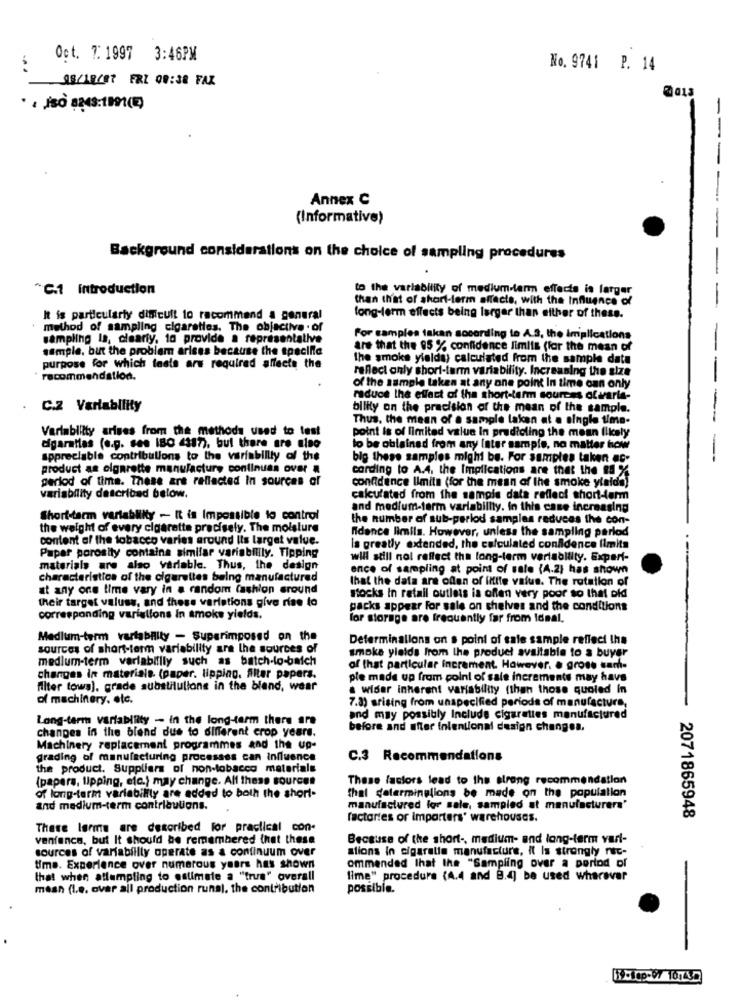
Oct. 7. 1997 3:46PM
No. 9741 P. 14
18/12/07 FRL 00:38 FAX
--
--
Annex C
(Informative)
Background considerations on the choice of sampling procedures
"C.1 Introduction
to the variability of medium-term effects is larger
than that of short-term affects, with the Influence of
It is particularly difficult to recommend a general
long-term effects being larger than either of these.
method of sampling cigareties. The objective . of
Impling Is, clearly, to provide a representative
For samples takan socording to A.S, the implications
-
sample, but the problem arises because the specific
are that the 95 % confidence limiis (for the mean of
the smoke yielda) calculated from the sample data
purpose for which tests are required affects the
reflect only short-term variability. Increasing the size
recommendation.
of the sample taken at any one point In time can only
reduce the effect of the short-term sources ofvarla-
C.2 Variability
bility on the precision of the mean of the sample.
Thus, the mean of a sample lakan at a single time-
Variability arises from the methods used to test
point is of limited value In predicting the mean likely
digaratias (e.g. ses IBO 4317), bul there are also
to be oblained from any Inter sample, no matter how
appreciable contributions to the variability of the
big these samples might be. For samples taken ec-
-- --
product as cigarette manufacture continuas over
cording to A.4. the Implications are that the #8 %
period of time. These are reflected In sources of
confidence limits (for the mean of the smoke ylalda)
variability described below.
calculated from the sample data reflect short-term
and medium-term variability. in this case increasing
Short-term variability - It is Impossible to control
the number of sub-period samples reduces the con-
the weight of every cigarette precisely. The moisture
nidance limils. However, unless the sampling parlod
content of the tobacco varies around Its larget value.
is greatly extended, the calculated confidence limits
Papar porosity containa similar variablilly. Tipping
will still not reflect the long-term variability. Experi-
materials are also variable. Thus, the design
ence of sampling at point of sale (A.2) has shown
characteristics of the cigarettes being manufactured
that the data are often of little value. The rotation of
at any one time vary in a random fashion sround
their target values, and these variations give rise to
stocks in retail outlets is offen very poor so that okd
packs appear For sale on shelves and the conditions
corresponding variations In smoke yields.
for storage are frequently far from Idaal.
Medlum-term variability - Superimposed on the
Determinalions on s point of sale sample reffect !ha
sources of short-term variability are the sources of
smoke yields from the product avaitable to a buyer
medium-term variabilily such as batch-lo-baich
of that particular increment. However. . gross sam-
changes in materiale. (paper. lipping. Altar papers.
pie made up from point of sale increments may have
filter tows], grade substitullone in the blend, wear
a wider inherent variability (than those quoled In
of machinery. etc.
7.8) arising from unspecified periods of manufacture,
Long-term variability - in the long-term there are
and may possibly Include cigarettes manufactured
changes in the blend due to different crop years.
before and after intentional design changes.
Machinery replacement programmes and the up-
grading of manufacturing processes can influence
C.3 Recommendations
the product. Suppliers of hon-tobacco materiale
(papers, tipping, etc.) may change. All these sources
These factors lead to the strong recommendation
of long-term variability are added to both the short-
thal determinelions be made on the population
and medium-term contributions.
manufactured for sale, sampled at manufacturers'
factories or importers' warehouses.
2071865948
There larme are described For practical con-
venfance, but It should be remembered that these
Because of the short -, medium- and long-term varl-
sources of varfabiilly operate as a continuum over
ations in cigarette manufacture, it Is strongly rec-
Uma. Experience over numerous years has shown
ommended that the "Sampling over a period of
that when attempting to estimate a "true" overall
lime" procedure (4.4 and B.4) be used wherever
mesh (I.e. over all production runs), the contribution
possible.